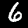
Label: 6